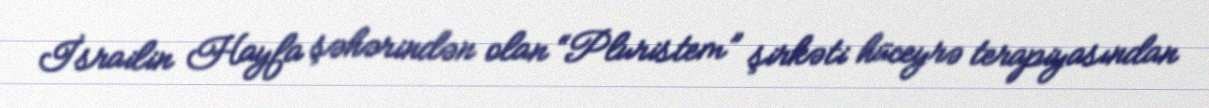
İsrailin Hayfa şəhərindən olan “Pluristem” şirkəti hüceyrə terapiyasından